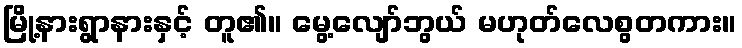
မြို့နားရွာနားနှင့် တူ၏။ မွေ့လျော်ဘွယ် မဟုတ်လေစွတကား။